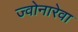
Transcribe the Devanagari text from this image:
ज्वोनारेवा